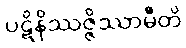
ပဋိနိဿဇ္ဇိဿာမီတိ